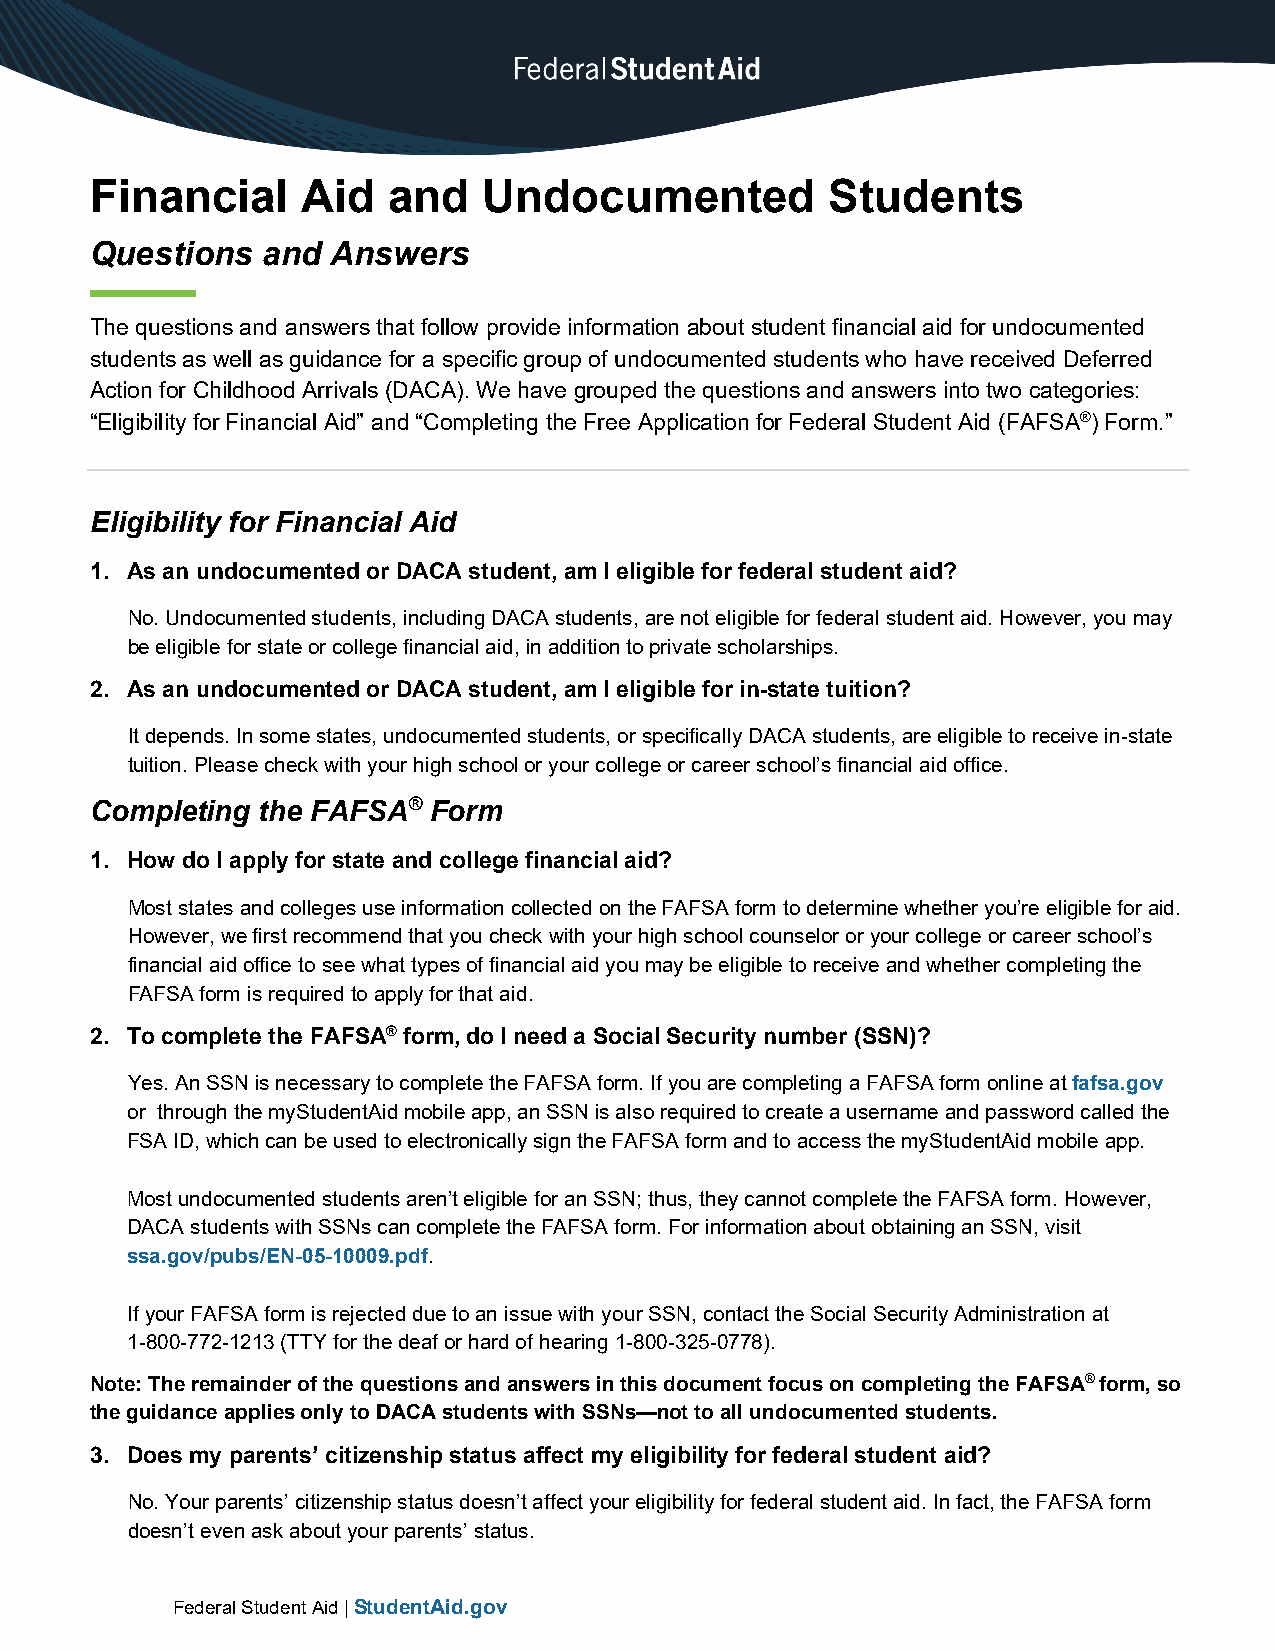
Financial     Aid   and   Undocumented           Students
 Questions  and  Answers
 The questions and answers that follow provide information about student financial aid for undocumented
 students as well as guidance for a specific group of undocumented students who have received Deferred
 Action for Childhood Arrivals (DACA). We have grouped the questions and answers into two categories:
 “Eligibility for Financial Aid” and “Completing the Free Application for Federal Student Aid (FAFSA®) Form.”
 Eligibility for Financial Aid
 1. As an undocumented or DACA student, am I eligible for federal student aid?
 No. Undocumented students, including DACA students, are not eligible for federal student aid. However, you may
 be eligible for state or college financial aid, in addition to private scholarships.
 2. As an undocumented or DACA student, am I eligible for in-state tuition?
 It depends. In some states, undocumented students, or specifically DACA students, are eligible to receive in-state
 tuition. Please check with your high school or your college or career school’s financial aid office.
 Completing the FAFSA® Form
 1. How do I apply for state and college financial aid?
 Most states and colleges use information collected on the FAFSA form to determine whether you’re eligible for aid.
 However, we first recommend that you check with your high school counselor or your college or career school’s
 financial aid office to see what types of financial aid you may be eligible to receive and whether completing the
 FAFSA form is required to apply for that aid.
 2. To complete the FAFSA® form, do I need a Social Security number (SSN)?
 Yes. An SSN is necessary to complete the FAFSA form. If you are completing a FAFSA form online at fafsa.gov
 or through the myStudentAid mobile app, an SSN is also required to create a username and password called the
 FSA ID, which can be used to electronically sign the FAFSA form and to access the myStudentAid mobile app.
 Most undocumented students aren’t eligible for an SSN; thus, they cannot complete the FAFSA form. However,
 DACA students with SSNs can complete the FAFSA form. For information about obtaining an SSN, visit
 ssa.gov/pubs/EN-05-10009.pdf.
 If your FAFSA form is rejected due to an issue with your SSN, contact the Social Security Administration at
 1-800-772-1213 (TTY for the deaf or hard of hearing 1-800-325-0778).
 Note: The remainder of the questions and answers in this document focus on completing the FAFSA® form, so
 the guidance applies only to DACA students with SSNs—not to all undocumented students.
 3. Does my parents’ citizenship status affect my eligibility for federal student aid?
 No. Your parents’ citizenship status doesn’t affect your eligibility for federal student aid. In fact, the FAFSA form
 doesn’t even ask about your parents’ status.
 Federal Student Aid | StudentAid.gov